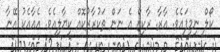
ކޯލް ނިމިފައެވެ. އާރާ. ރާކިޒް އެ ނަން ތަކުރާރުކޮއް ކިޔާލިއެވެ. އެއާއެކު އޭނާ